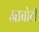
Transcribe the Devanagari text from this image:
आबोटी